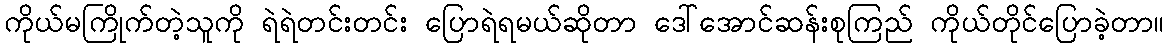
ကိုယ်မကြိုက်တဲ့သူကို ရဲရဲတင်းတင်း ပြောရဲရမယ်ဆိုတာ ဒေါ်အောင်ဆန်းစုကြည် ကိုယ်တိုင်ပြောခဲ့တာ။